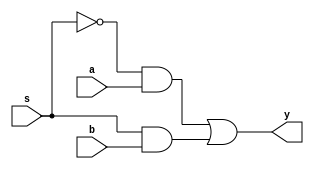
module multiplexer(a,b,s,y);
input a,b,s;
output y;
assign y=~s&a|s&b;
endmodule
module full_adder(A,B,CIN,SUM,CARRY);
input A,B,CIN;
output SUM,CARRY;
wire w1,w2,w3;
multiplexer mu1 (A,~A,B,w1);
multiplexer mu2 (CIN,~CIN,w1,SUM);
multiplexer mu3 (1'b0,w1,CIN,w2);
multiplexer mu4 (1'b0,A,B,w3);
multiplexer mu5 (w2,w3,w3,CARRY);
endmodule